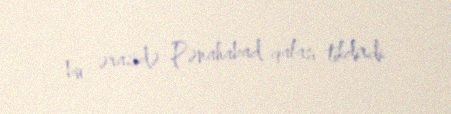
bu ərazidə Pənahabad qalası tikdirdi.